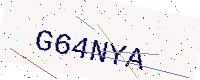
Text: G64NYA